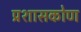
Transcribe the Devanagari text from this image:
प्रशासकोण